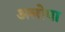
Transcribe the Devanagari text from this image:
अलोपा